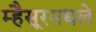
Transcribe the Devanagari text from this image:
म्हैसूरमधले